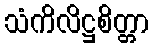
သံကိလိဋ္ဌစိတ္တာ